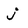
Character: j